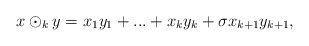
\begin{align*} x\odot_{k} y=x_{1}y_{1}+...+x_{k}y_{k}+\sigma x_{k+1}y_{k+1}, \end{align*}